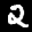
Label: 2